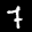
Label: 7